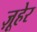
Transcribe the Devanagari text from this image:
ज़ूहेर